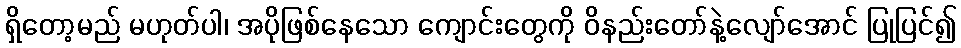
ရှိတော့မည် မဟုတ်ပါ၊ အပိုဖြစ်နေသော ကျောင်းတွေကို ဝိနည်းတော်နဲ့လျော်အောင် ပြုပြင်၍